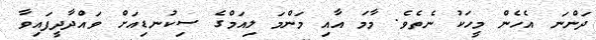
ދަންނަ އެހެން މީހަކު ނެތެވެ. މާމަ އާއި މަންމަ ލިއަމްގެ ސިކުނޑިއަށް ވައްދާދީފައިވާ